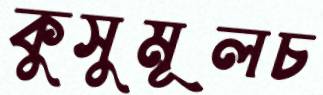
কুসুমূলচ